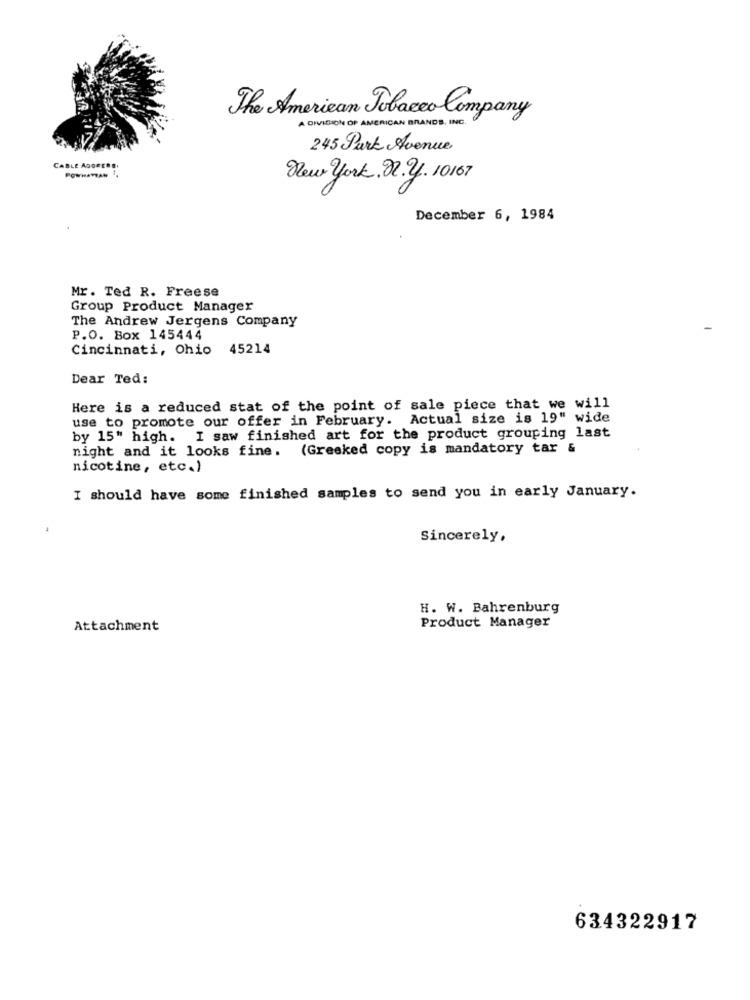
The American Tobacco Company
A DIVISION OF AMERICAN BRANDS INC.
245 Park Avenue
CABLE ADOECHO.
PowHaTAN.
New york. 22.2. 10167
December 6, 1984
Mr. Ted R. Freese
Group Product Manager
The Andrew Jergens Company
P.O. Box 145444
Cincinnati, Ohio 45214
Dear Ted:
Here is a reduced stat of the point of sale piece that we will
use to promote our offer in February. Actual size is 19" wide
by 15" high. I saw finished art for the product grouping last
night and it looks fine. (Greeked copy is mandatory tar &
nicotine, etc.)
I should have some finished samples to send you in early January.
Sincerely,
H. W. Bahrenburg
Product Manager
Attachment
634322917